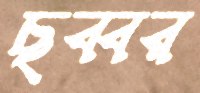
ছব্বর